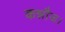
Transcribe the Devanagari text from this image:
कन्नौज।